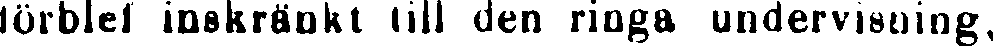
förblef inskränkt till den ringa undervisning,